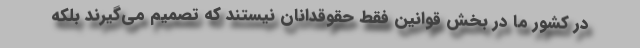
در کشور ما در بخش قوانین فقط حقوقدانان نیستند که تصمیم می‌گیرند بلکه